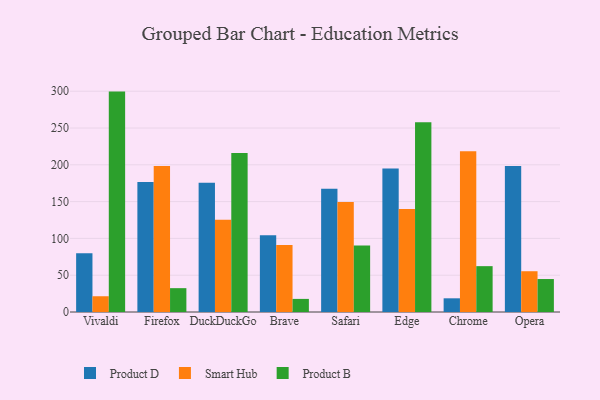
{"axis": {"x": "Browser", "y": "LTV (USD)"}, "legend": ["Product B", "Product D", "Smart Hub"], "data": [{"x": "Vivaldi", "y": 79.8, "type": "Product D"}, {"x": "Vivaldi", "y": 21.4, "type": "Smart Hub"}, {"x": "Vivaldi", "y": 299.5, "type": "Product B"}, {"x": "Firefox", "y": 176.5, "type": "Product D"}, {"x": "Firefox", "y": 198.5, "type": "Smart Hub"}, {"x": "Firefox", "y": 32.4, "type": "Product B"}, {"x": "DuckDuckGo", "y": 175.7, "type": "Product D"}, {"x": "DuckDuckGo", "y": 125.4, "type": "Smart Hub"}, {"x": "DuckDuckGo", "y": 216.1, "type": "Product B"}, {"x": "Brave", "y": 104.2, "type": "Product D"}, {"x": "Brave", "y": 91.0, "type": "Smart Hub"}, {"x": "Brave", "y": 17.8, "type": "Product B"}, {"x": "Safari", "y": 167.5, "type": "Product D"}, {"x": "Safari", "y": 149.6, "type": "Smart Hub"}, {"x": "Safari", "y": 90.3, "type": "Product B"}, {"x": "Edge", "y": 194.9, "type": "Product D"}, {"x": "Edge", "y": 139.8, "type": "Smart Hub"}, {"x": "Edge", "y": 258.0, "type": "Product B"}, {"x": "Chrome", "y": 18.6, "type": "Product D"}, {"x": "Chrome", "y": 218.6, "type": "Smart Hub"}, {"x": "Chrome", "y": 62.3, "type": "Product B"}, {"x": "Opera", "y": 198.3, "type": "Product D"}, {"x": "Opera", "y": 55.4, "type": "Smart Hub"}, {"x": "Opera", "y": 44.8, "type": "Product B"}]}